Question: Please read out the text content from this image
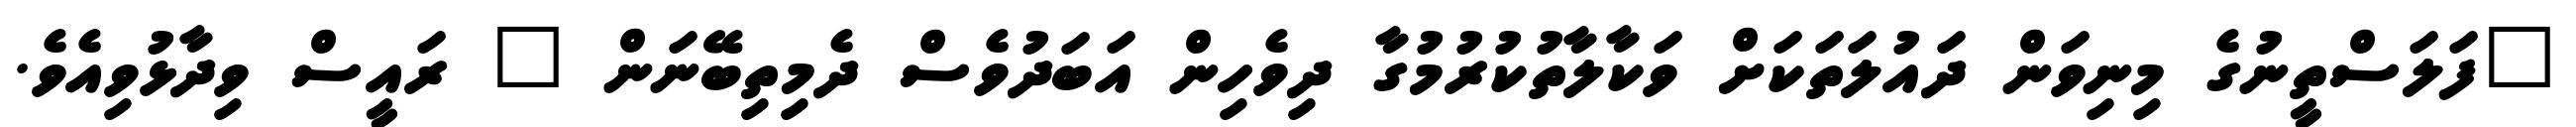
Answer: "ފަލަސްތީނުގެ މިނިވަން ދައުލަތަކަށް ވަކާލާތުކުރުމުގާ ދިވެހިން އަބަދުވެސް ދެމިތިބޭނަން " ރައީސް ވިދާޅުވިއެވެ.